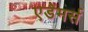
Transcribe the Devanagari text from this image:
एडेमर्स